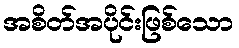
အစိတ်အပိုင်းဖြစ်သော